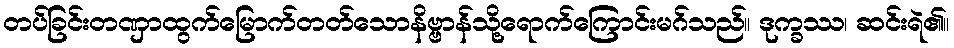
တပ်ခြင်းတဏှာထွက်မြောက်တတ်သောနိဗ္ဗာန်သို့ရောက်ကြောင်းမဂ်သည်။ ဒုက္ခဿ၊ ဆင်းရဲ၏။